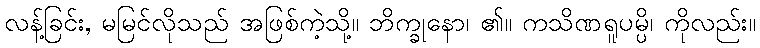
လန့်ခြင်း, မမြင်လိုသည် အဖြစ်ကဲ့သို့။ ဘိက္ခုနော၊ ၏။ ကသိဏရူပမ္ပိ၊ ကိုလည်း။